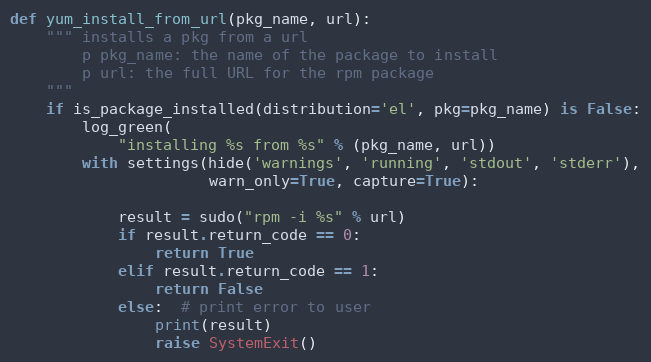
Language: Python
def yum_install_from_url(pkg_name, url):
    """ installs a pkg from a url
        p pkg_name: the name of the package to install
        p url: the full URL for the rpm package
    """
    if is_package_installed(distribution='el', pkg=pkg_name) is False:
        log_green(
            "installing %s from %s" % (pkg_name, url))
        with settings(hide('warnings', 'running', 'stdout', 'stderr'),
                      warn_only=True, capture=True):

            result = sudo("rpm -i %s" % url)
            if result.return_code == 0:
                return True
            elif result.return_code == 1:
                return False
            else:  # print error to user
                print(result)
                raise SystemExit()